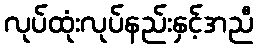
လုပ်ထုံးလုပ်နည်းနှင့်အညီ